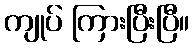
ကျုပ် ကြားပြီးပြီ။